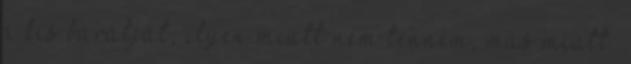
a kis barátját, ilyen miatt nem tenném, más miatt.